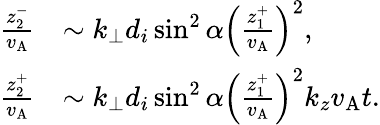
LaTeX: \begin{array}{rl}{\frac{z_{2}^{-}}{v_{\mathrm{A}}}}&{\sim k_{\perp}d_{i}\sin^{2}\alpha\left(\frac{z_{1}^{+}}{v_{\mathrm{A}}}\right)^{2},}\\ {\frac{z_{2}^{+}}{v_{\mathrm{A}}}}&{\sim k_{\perp}d_{i}\sin^{2}\alpha\left(\frac{z_{1}^{+}}{v_{\mathrm{A}}}\right)^{2}k_{z}v_{\mathrm{A}}t.}\end{array}